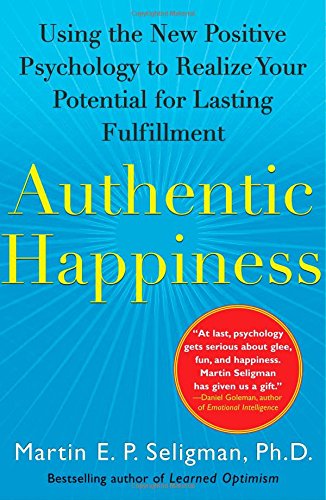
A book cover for Authentic Happiness: Using the New Positive Psychology to Realize Your Potential for Lasting Fulfillment; Martin E. P. Seligman; Self-Help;